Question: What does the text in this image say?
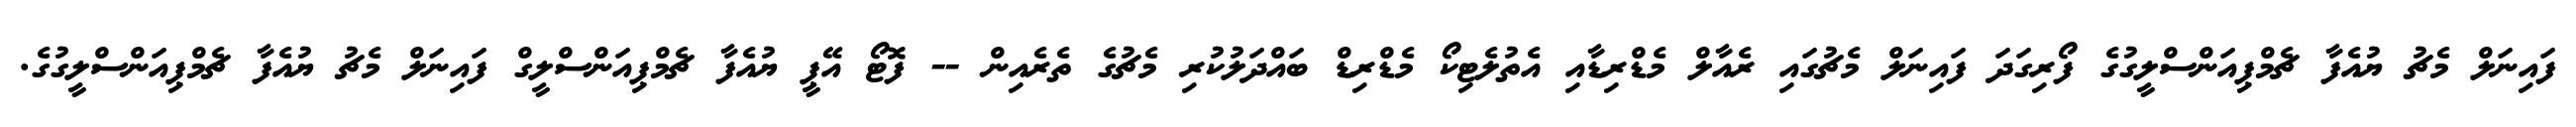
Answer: ފައިނަލް މެޗު ޔުއެފާ ޗެމްޕިއަންސްލީގުގެ ފޯރިގަދަ ފައިނަލް މެޗުގައި ރެއާލް މެޑްރިޑާއި އެތުލެޓިކޯ މެޑްރިޑް ބައްދަލުކުރި މެޗުގެ ތެރެއިން -- ފޮޓޯ އޭޕީ ޔުއެފާ ޗެމްޕިއަންސްލީގް ފައިނަލް މެޗު ޔުއެފާ ޗެމްޕިއަންސްލީގުގެ.